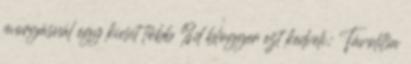
morgásnál egy kicsit több %d blogger ezt kedveli: Távolítsa